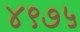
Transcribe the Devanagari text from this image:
४९७५